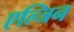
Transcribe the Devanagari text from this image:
एल्जिन